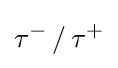
\mathrm {\tau } ^{-}\,/\,\mathrm {\tau } ^{+}